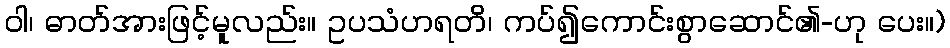
ဝါ၊ ဓာတ်အားဖြင့်မူလည်း။ ဥပသံဟရတိ၊ ကပ်၍ကောင်းစွာဆောင်၏-ဟု ပေး။)